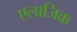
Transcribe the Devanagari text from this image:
एलाजिक